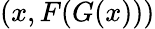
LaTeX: (x,F(G(x)))